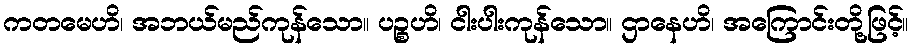
ကတမေဟိ၊ အဘယ်မည်ကုန်သော။ ပဉ္စဟိ၊ ငါးပါးကုန်သော။ ဌာနေဟိ၊ အကြောင်းတို့ဖြင့်။